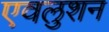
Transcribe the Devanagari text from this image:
एवलुशन